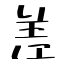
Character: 差